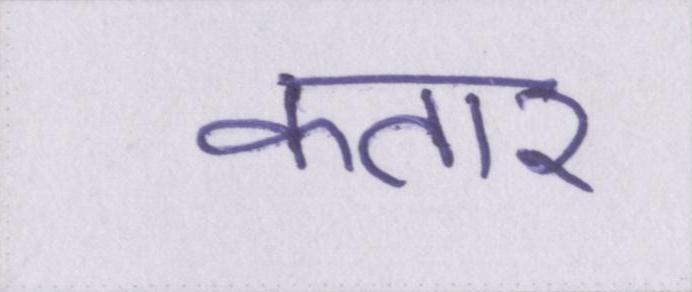
कतार